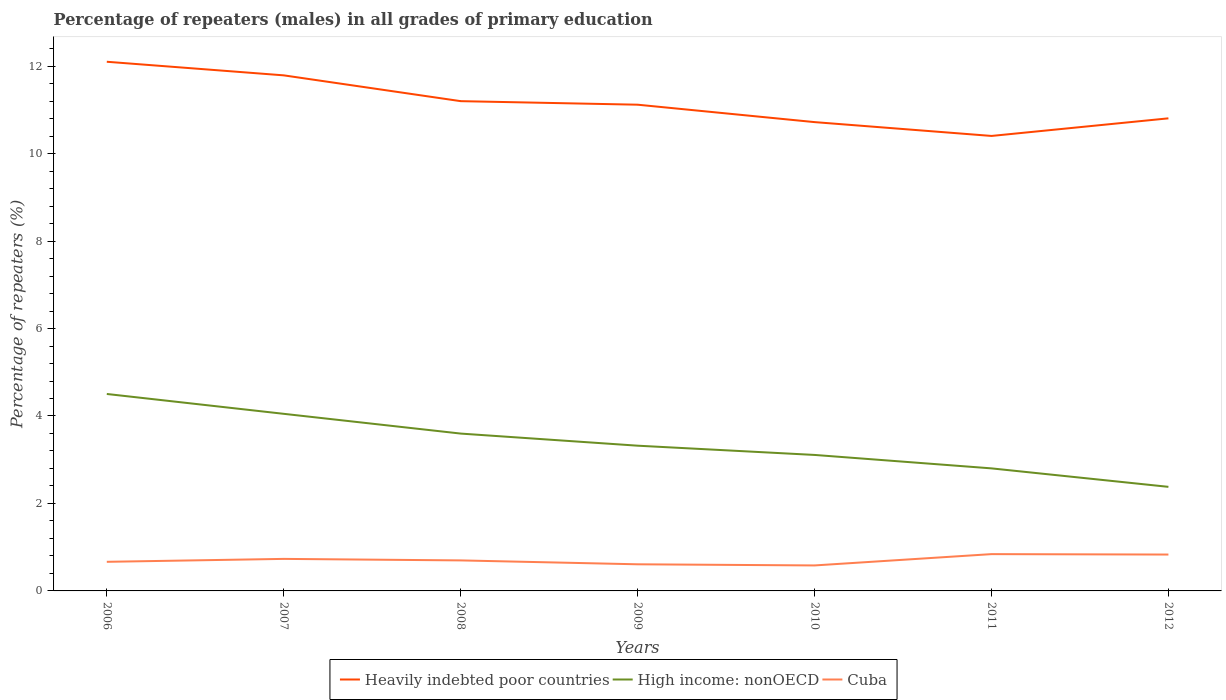
| Years | Heavily indebted poor countries | High income: nonOECD | Cuba |
 | --- | --- | --- | --- |
 | 2006 | 12.1 | 4.5 | 0.666 |
 | 2007 | 11.8 | 4.05 | 0.732 |
 | 2008 | 11.2 | 3.6 | 0.698 |
 | 2009 | 11.1 | 3.32 | 0.609 |
 | 2010 | 10.7 | 3.11 | 0.583 |
 | 2011 | 10.4 | 2.8 | 0.841 |
 | 2012 | 10.8 | 2.38 | 0.832 |